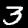
Label: 3